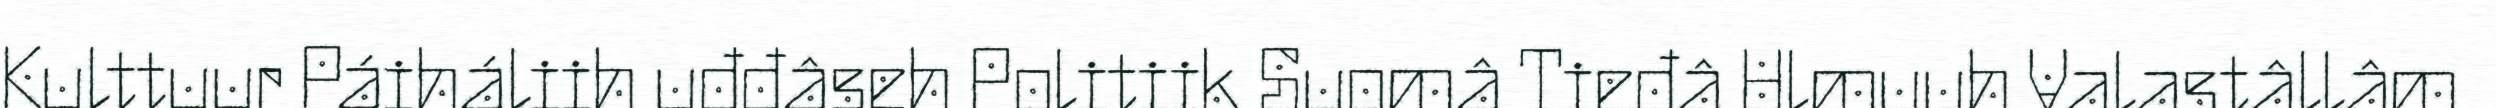
Kulttuur Páiháliih uđđâseh Politiik Suomâ Tieđâ Ulmuuh Valastâllâm